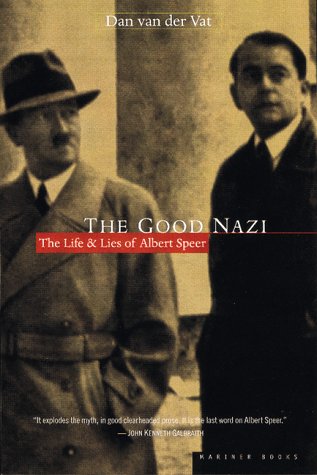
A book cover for The Good Nazi: The Life and Lies of Albert Speer; Dan van der Vat; Biographies & Memoirs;